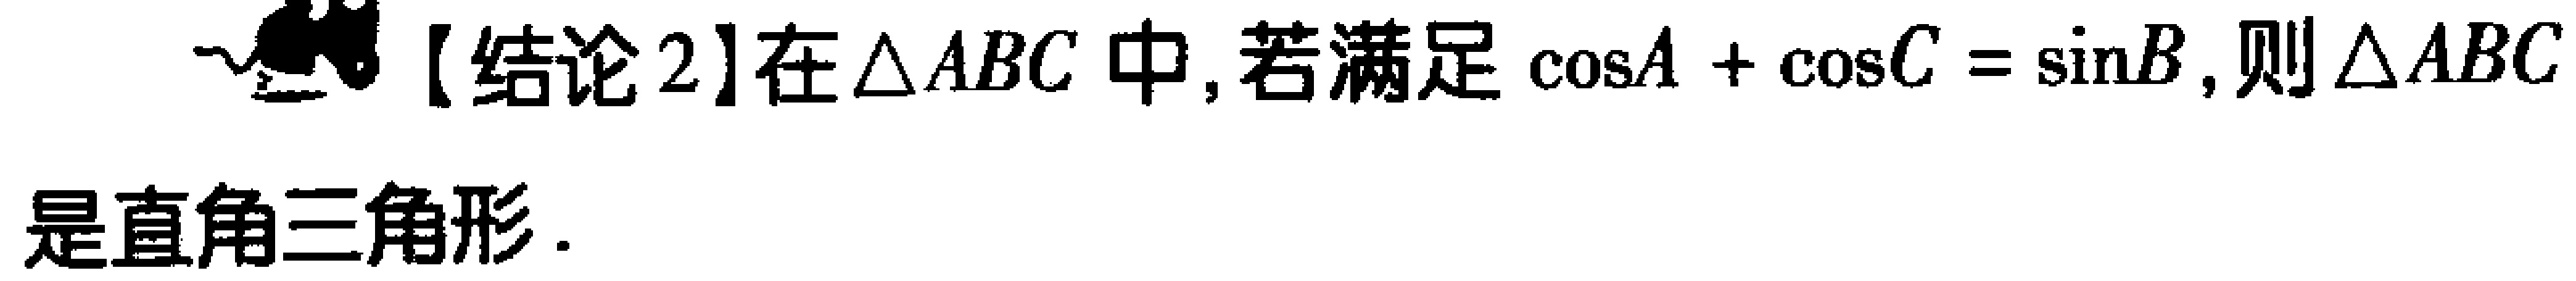
【结论2】在$\triangle ABC$中，若满足$\cos A+\cos C = \sin B$，则$\triangle ABC$是直角三角形.